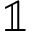
\mathbb { 1 }